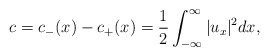
\begin{align*}c=c_-(x) - c_+(x) = \frac{1}{2}\int_{-\infty}^\infty |u_x |^2dx,\end{align*}